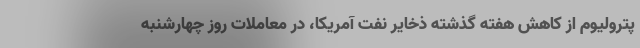
پترولیوم از کاهش هفته گذشته ذخایر نفت آمریکا، در معاملات روز چهارشنبه